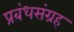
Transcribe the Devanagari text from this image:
प्रबंधसंग्रह